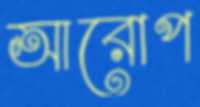
আরোপ